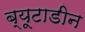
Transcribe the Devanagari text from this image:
ब्यूटाडीन